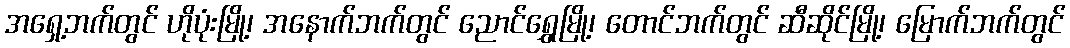
အရှေ့ဘက်တွင် ဟိုပုံးမြို့၊ အနောက်ဘက်တွင် ညောင်ရွှေမြို့၊ တောင်ဘက်တွင် ဆီဆိုင်မြို့၊ မြောက်ဘက်တွင်